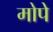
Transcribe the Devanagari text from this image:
मोपे